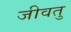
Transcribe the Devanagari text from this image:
जीवतु